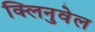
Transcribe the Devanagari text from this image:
क्लिनुवेल